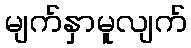
မျက်နှာမူလျက်